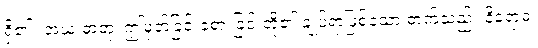
ရှိ၏။ အယံ ဓာတု၊ ဤမှတ်ခြင်းခံစားခြင်းတို့၏ ချုပ်ရာဖြစ်သော ဓာတ်သည်။ နိရောဓံ၊